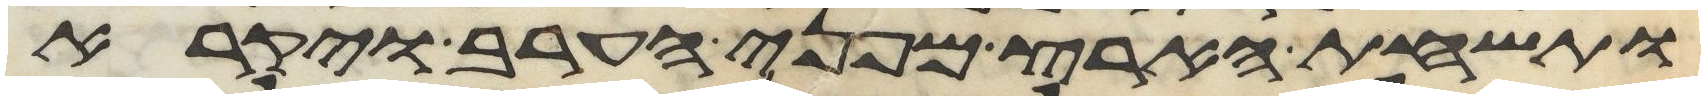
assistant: ותשחת הארץ מפני הערב ויקרא